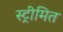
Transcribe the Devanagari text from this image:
स्ट्रीमित